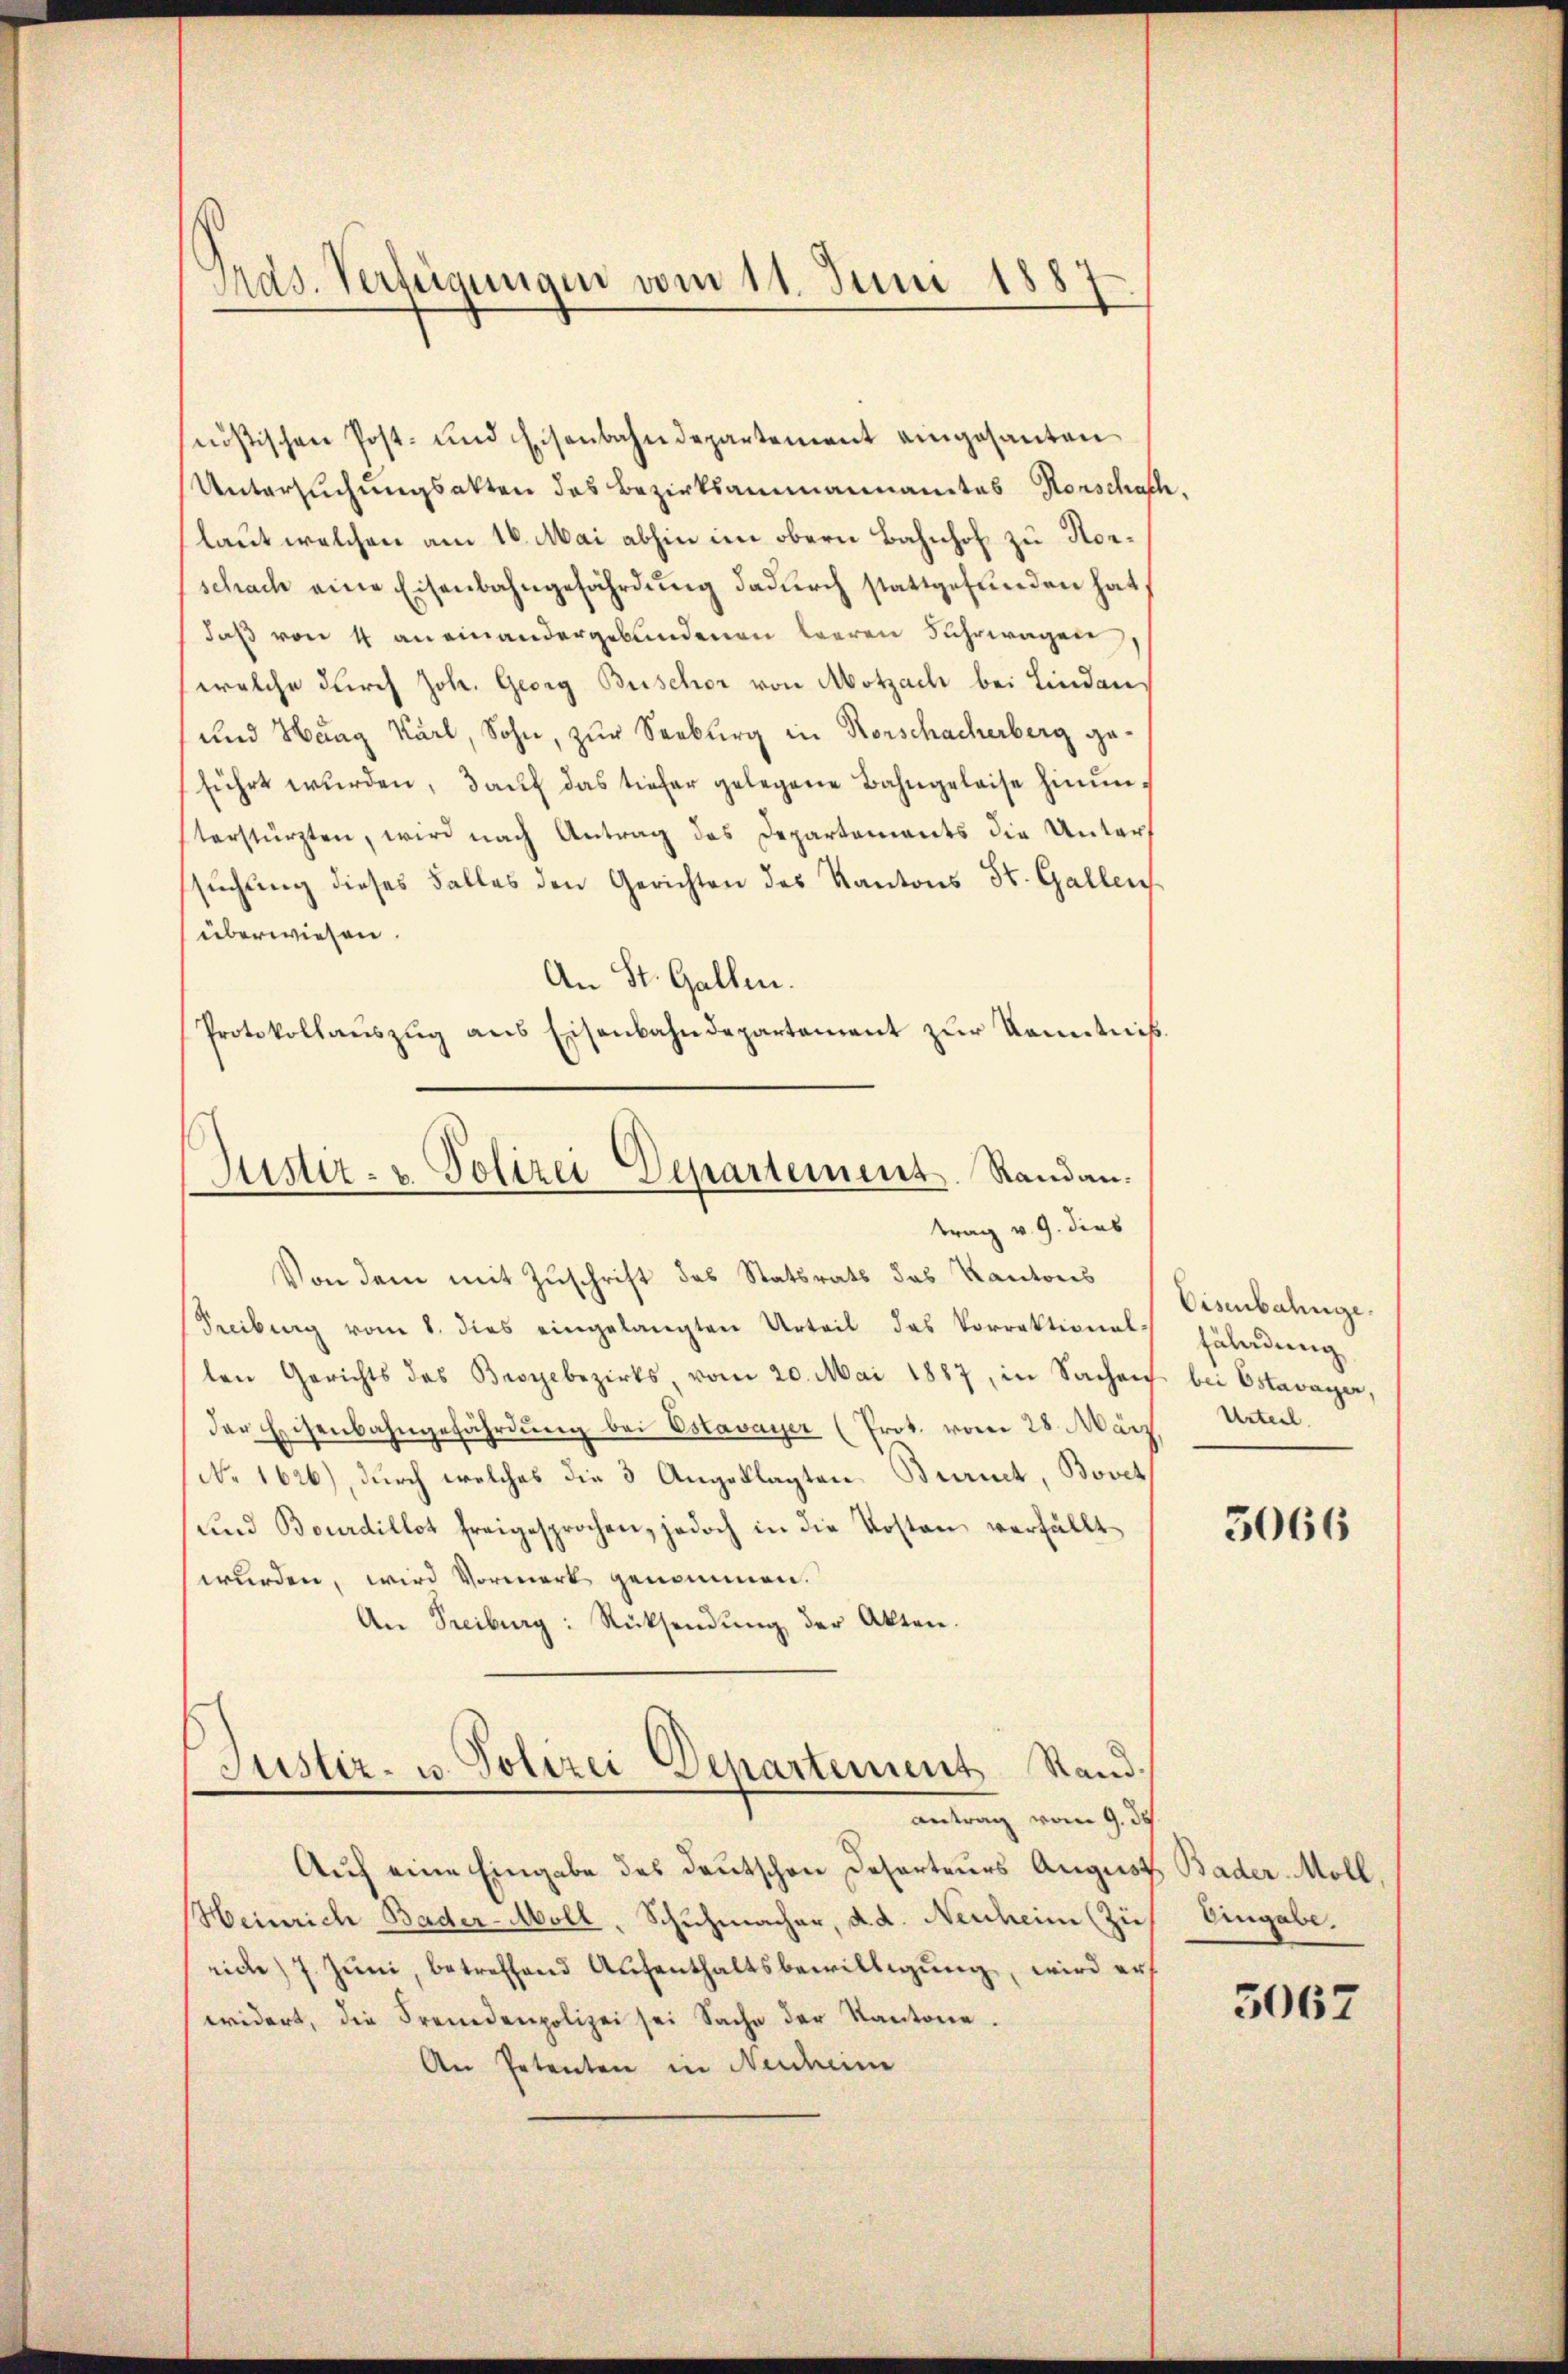
Pras. Verfügungen vom 11. Juni 1887

seusischen Post- und Eisenbahndepartement eingesanten
Untersuchungsakten des Bezirksammannamtes Horschaft
laut welchen am 16. Mai abhin im obern Bahnhof zu Horschache eine Eisenbahngefährdung dadurch stattgefunden hat,
daß von 4 aneinandergebundenen leeren Fahrwagen
welche durch Joh. Georg Beschor von Motzach bei Lindau
und Hang Karl, Sohn, zur Seeburg in Rorschacherberg geführt wurden, auf das tiefer gelegene Bahngeleise hinunterstürzten, wird nach Antrag des Departements die Unters
suchung dieses Falles den Gerichten des Kantons St. Gallen.
überwiesen.
An St. Gallen.
Protokollaŭszŭg ans Eisenbahndepartement zŭr Kenntniß
Von dem mit Zuschrift des Statsrats das Kantons
Seibung vom 1. dies eingelangten Urteil das Vorrektional-
len Gerichts des Broyebezirks, vom 20. Mai 1887, in Sachen
der Eisenbahngefährdung bei Estavayer (Prot. vom 28. März
No 1626), durch welches die 3 Angeklagten Buruck, Bovet
und Bourdillot freigesprochen, jedoch in die Kosten verfällt
wurden, wird Vormerk genommen.
An Treiburg: Rücksendŭng der Akten.
Justiz- u. Polizei Departement Stand.
antrag vom 9. ds
Auf eine Eingabe des Deutschen Deserteurs August Bader Moll,
Heinrich Bader-Moll, Schuhmacher, d. d. Neuheim (zurich) 7. Juni, betreffend Aufenthaltsbewilligung, wird er
widert, die Fremdenpolizei sei Sache der Kantone
An Petenten in Mendheim

Muster- u Polizei Departement. Randau.
trag v. 9. dies

Eisenbahnge
Fäladung
bei Estavayer,
Urteil.

3066

Angabe.

3067